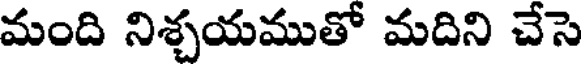
మంది నిశ్చయముతో మదిని చేసె